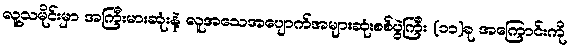
လူ့သမိုင်းမှာ အကြီးမားဆုံးနဲ့ လူအသေအပျောက်အများဆုံးစစ်ပွဲကြီး (၁၁)ခု အကြောင်းကို